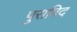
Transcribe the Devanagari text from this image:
पुराविद